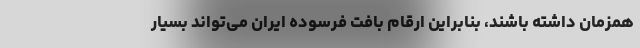
همزمان داشته باشند، بنابراین ارقام بافت فرسوده ایران می‌تواند بسیار